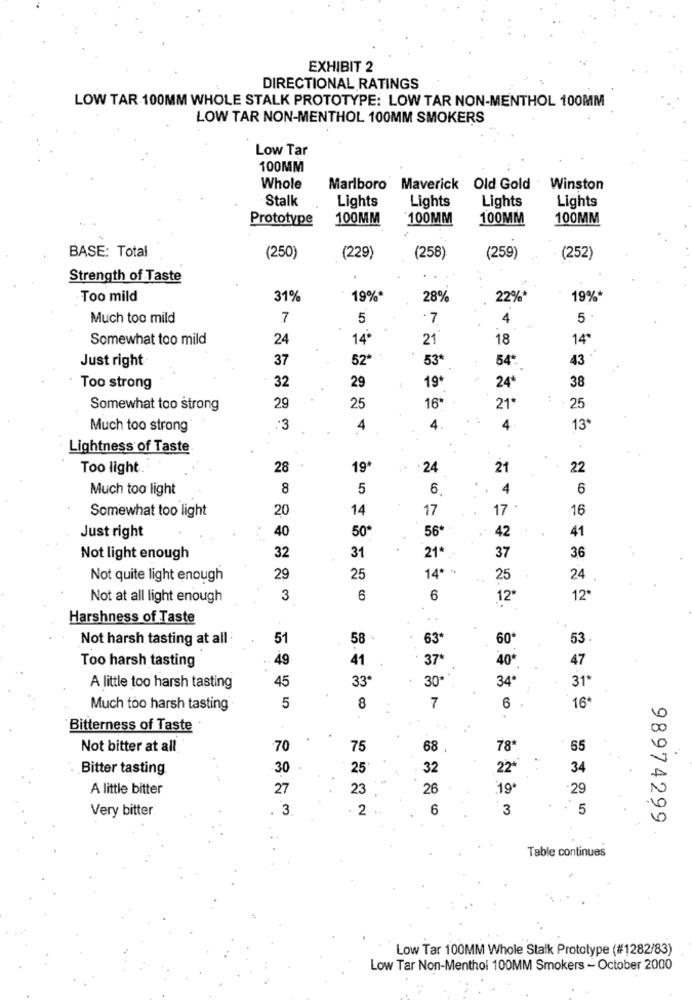
EXHIBIT 2
DIRECTIONAL RATINGS
LOW TAR 100MM WHOLE STALK PROTOTYPE: LOW TAR NON-MENTHOL 100MM
LOW TAR NON-MENTHOL 100MM SMOKERS
Low Tar
100MM
Whole
Marlboro Maverick Old Gold . Winston
Stalk
Lights
Lights
Lights
Lights
Prototype
100MM
100MM
100MM
100MM
BASE: Total
(250)
(229)
(258)
(259)
(252)
Strength of Taste
Too mild
31%
19%*
28%
22%*
19%*
Much too mild
7
5
·7
4
5
Somewhat too mild
24
14*
21
18
14
Just right
37
52
53ª
54
43
32
Too strong
29
19*
24*
38
Somewhat too strong
29
25
16*
21*
25
Much too strong
:3
4
4.
4
13
Lightness of Taste
Too light.
28
19*
24
21
22
Much too light
8
5
6
4
6
Somewhat too light
20
14
17
17 .
16
40
50
56
41
Just right
42
32
31
Not light enough
21
37
36
14* *
Not quite light enough
29
25
25
24
Not at all light enough
3
6
6
12º
12
Harshness of Taste
..
Not harsh tasting at all :
51
58
60
53
63ª
Too harsh tasting
49
41
47
40
45
33
31
A little too harsh tasting
30 **
34
7
6
Much too harsh tasting
5
8
16
Bitterness of Taste
..
Not bitter at all
70
75
68 .
78
65
Bitter tasting
30
25
32
22*
34
A little bitter
27
23
26
19
29
Very bitter
. 3
. 2
6
3
: 5
98974299
Table continues
Low Tar 100MM Whole Stalk Prototype (#1282/83)
Low Tar Non-Menthol 100MM Smokers - October 2000